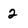
Character: 2